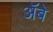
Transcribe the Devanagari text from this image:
ॲबे